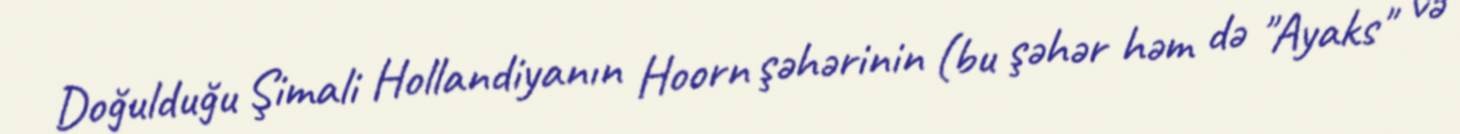
Doğulduğu Şimali Hollandiyanın Hoorn şəhərinin (bu şəhər həm də "Ayaks" və